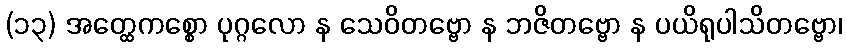
(၁၃) အတ္ထေကစ္စော ပုဂ္ဂလော န သေဝိတဗ္ဗော န ဘဇိတဗ္ဗော န ပယိရုပါသိတဗ္ဗော၊